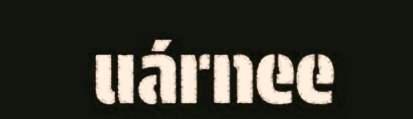
uárnee